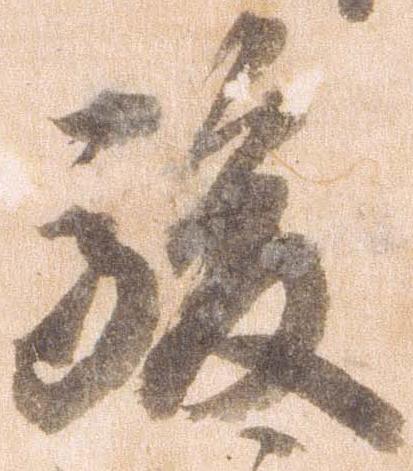
駿